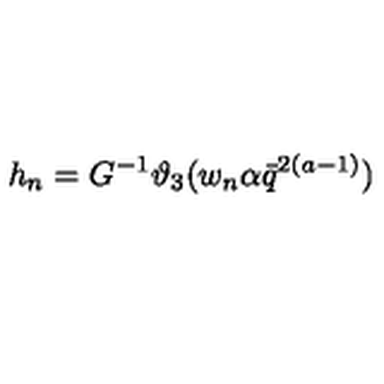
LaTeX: h _ { n } = G ^ { - 1 } \vartheta _ { 3 } ( w _ { n } \alpha \bar { q } ^ { 2 ( a - 1 ) } )